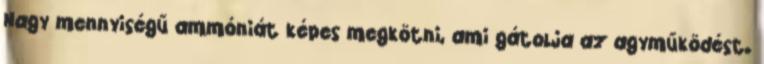
Nagy mennyiségű ammóniát képes megkötni, ami gátolja az agyműködést.